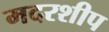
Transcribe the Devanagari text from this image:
मदरशीप